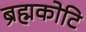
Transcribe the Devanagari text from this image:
ब्रह्मकोटि